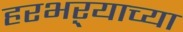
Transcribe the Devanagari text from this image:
हरभऱ्याच्या